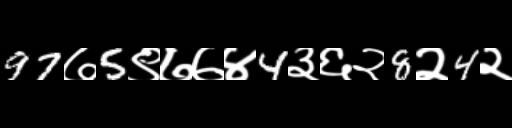
Text: 97७5९७७४4३६२8२4२